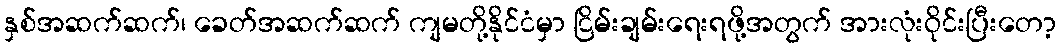
နှစ်အဆက်ဆက်၊ ခေတ်အဆက်ဆက် ကျမတို့နိုင်ငံမှာ ငြိမ်းချမ်းရေးရဖို့အတွက် အားလုံးဝိုင်းပြီးတော့